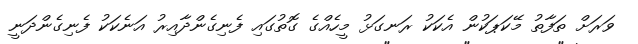
ވަރަށް ތަފާތު މޭކަޕަކުން އެކަކު ރަނގަޅު މީހެއްގެ ގޮތުގައި ފެނިގެންދާއިރު އަނެކަކު ފެނިގެންދަނީ